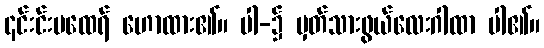
၎င်းင်းမထေရ် ဟောထား၏။ ပါ-၌ မှတ်သားဖွယ်လေးဂါထာ ပါ၏။